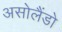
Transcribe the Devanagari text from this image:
असोलैंडो